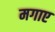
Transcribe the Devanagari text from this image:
मगाए